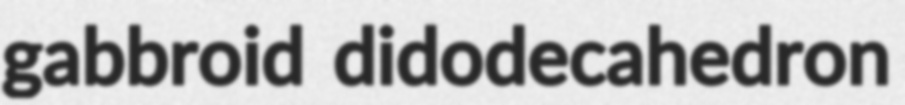
gabbroid didodecahedron